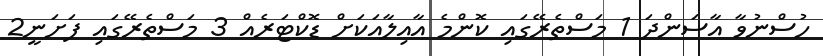
ހުސްނުވާ އާސަންދަ 1 މަސްތެރޭގައި ކޮންމެ އާއިލާއަކަށް ޑޮކްޓަރެއް 3 މަސްތެރޭގައި ފަށަނީ2